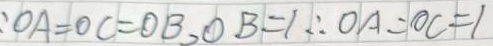
: O A = O C = O B , O B = 1 \therefore O A = O C = 1